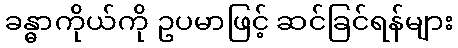
ခန္ဓာကိုယ်ကို ဥပမာဖြင့် ဆင်ခြင်ရန်များ